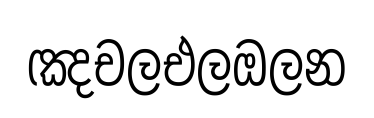
ඤචලඑලඔලන